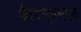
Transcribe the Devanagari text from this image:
बीएस्‌एन्‌एल